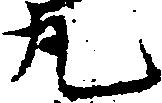
丸